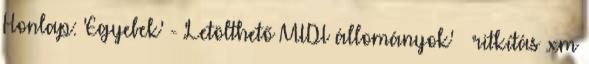
Honlap: 'Egyebek' - 'Letölthető MIDI állományok' » ritkítás .xm